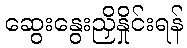
ဆွေးနွေးညှိနှိုင်းရန်